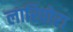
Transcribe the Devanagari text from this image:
लारिपोरा